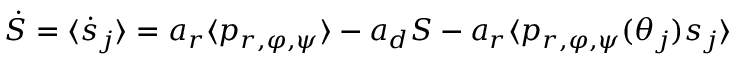
\dot { S } = \langle \dot { s } _ { j } \rangle = a _ { r } \langle p _ { r , \varphi , \psi } \rangle - a _ { d } S - a _ { r } \langle p _ { r , \varphi , \psi } ( \theta _ { j } ) s _ { j } \rangle